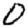
Digit: 0